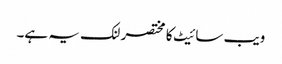
ویب سائیٹ کا مختصر لنک یہ ہے۔